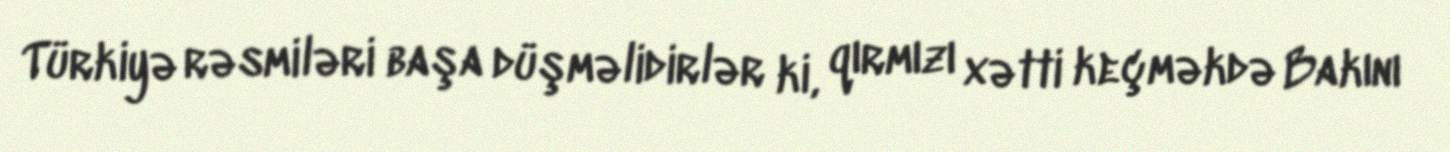
Türkiyə rəsmiləri başa düşməlidirlər ki, qırmızı xətti keçməkdə Bakını